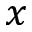
x